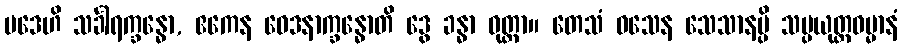
ပဒေဟိ သင်္ခါရက္ခန္ဓော, ဧကေန ဝေဒနာက္ခန္ဓောတိ ဒွေ ခန္ဓာ ဝုတ္တာ။ တေသံ ဝသေန သေသာနမ္ပိ သမ္ပယုတ္တဓမ္မာနံ